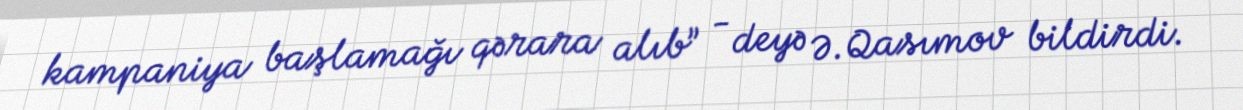
kampaniya başlamağı qərara alıb” - deyə Ə.Qasımov bildirdi.